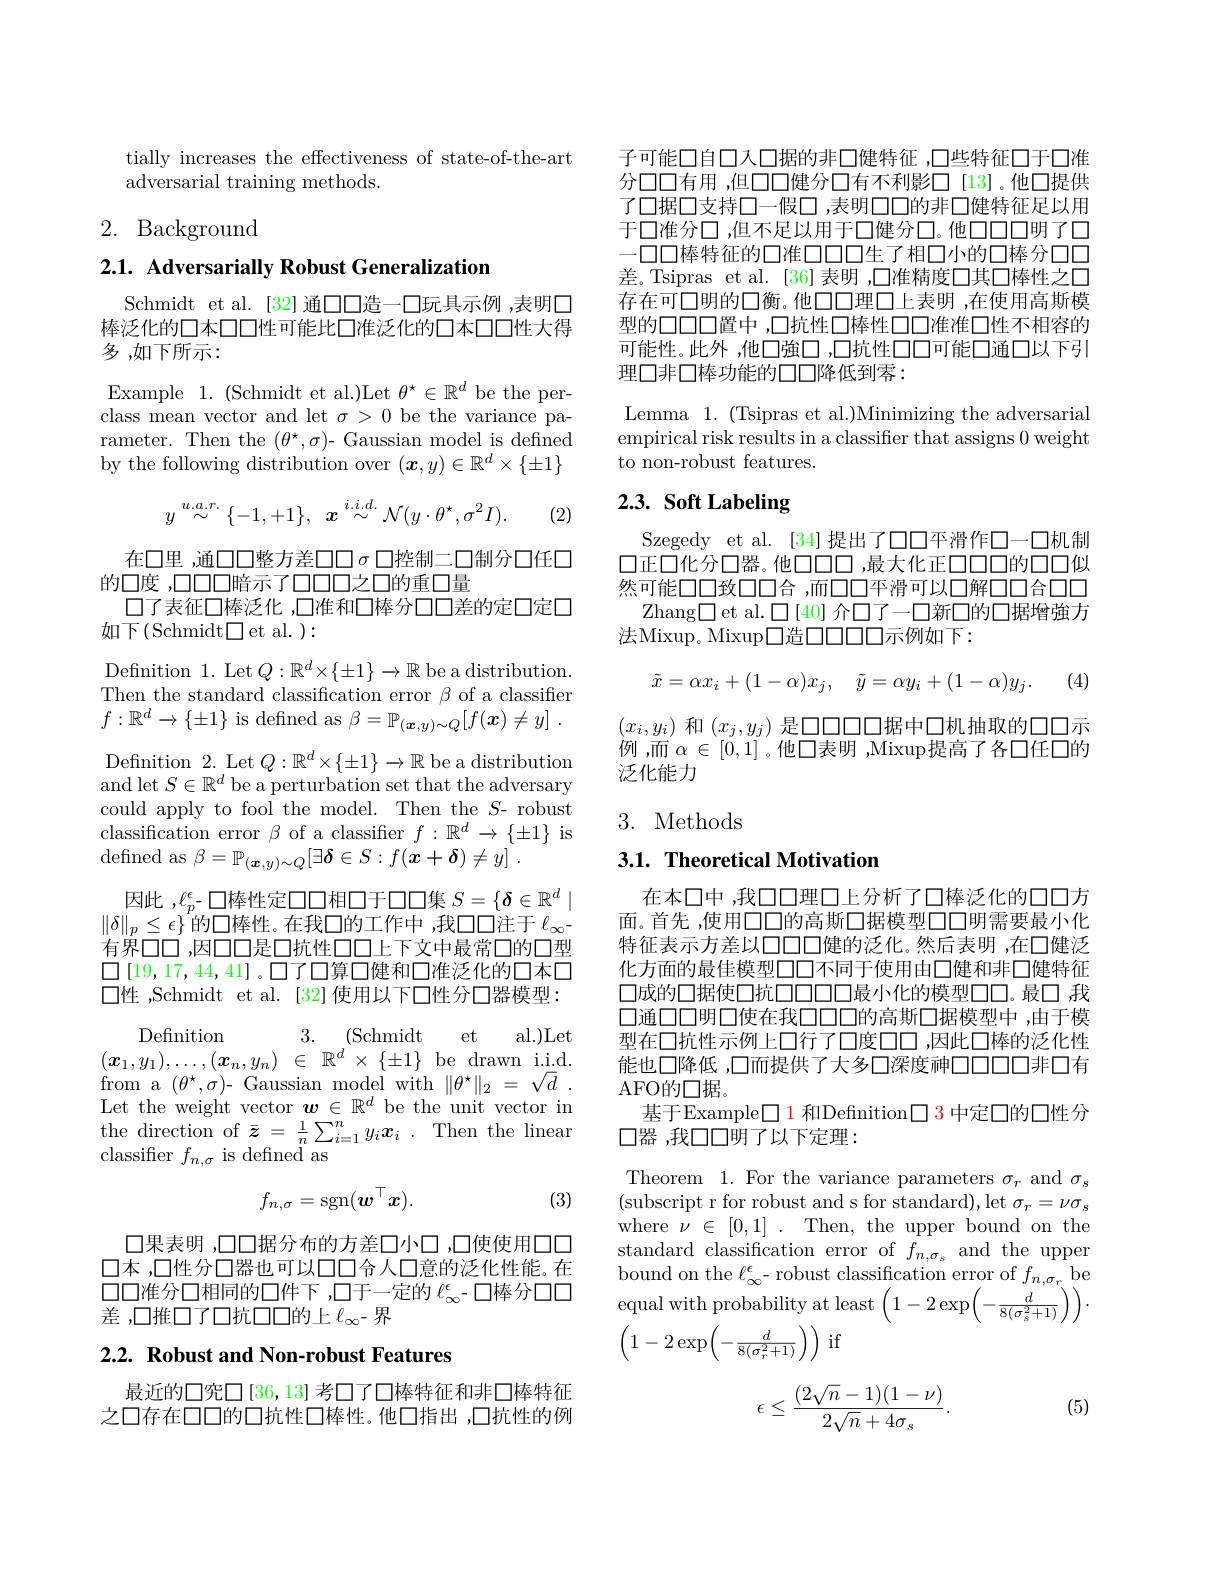
tially increases the effectiveness of state-of-the-art
adversarial training methods.

## 2. Background

$2. 1. \textbf{ Adversarially Robust Generalization}$

Schmidt et al. [32]通口口造一口玩具示例 ,表明口棒泛化的口本口口性可能比口准泛化的口本口口性大得多，如下所示：

Example 1. (Schmidt et al.)Let $\theta^\star\in\mathbb{R}^d$ be the perclass mean vector and let $\sigma>0$ be the variance parameter. Then the $(\theta^{\star},\sigma)$- Gaussian model is defined by the following distribution over $(\boldsymbol x,y)\in\mathbb{R}^d\times\{\pm1\}$
$$y\stackrel{u.a.r.}{\sim}\{-1,+1\},\:\boldsymbol{x}\stackrel{i.i.d.}{\sim}\mathcal{N}(y\cdot\theta^{\star},\sigma^{2}I).$$
(2)

在口里 ,通口口整方差口口$\sigma$口控制二口制分口任口
的口度 ,口口口暗示了口口口之口的重口量
口了表征口棒泛化 ,口准和口棒分口口差的定口定口
$如下($Schmidt$\square$et al.):

Defnition 1. Let $Q:\mathbb{R}^d\times\{\pm1\}\to\mathbb{R}$ be a distribution. Then the standard classification error $\beta$ of a classifier $f:\mathbb{R}^d\to\{\pm1\}$ is defined as $\beta = \mathbb{P} _( \boldsymbol{x}, y) \sim Q[ f( \boldsymbol{x}) \neq y]$ . Defnition 2. Let $Q:\mathbb{R}^d\times\{\pm1\}\to\mathbb{R}$ be a distribution and let $S\in\mathbb{R}^d$ be a perturbation set that the adversary could apply to fool the model. Then the $S$- robust classification error $\beta$ of a classifier $f:\mathbb{R}^d\to\{\pm1\}$ is ${\mathrm{defined~as~}}\beta = \mathbb{P} _{( \boldsymbol{x}, y) \sim Q}[ \exists \boldsymbol{\delta }\in S: f( \boldsymbol{x}+ \boldsymbol{\delta }) \neq y]$ .
因此$,\ell_p^\epsilon$-口棒性定口口相口于口口集$S=\{\boldsymbol{\delta}\in\mathbb{R}^d\mid$ $\|\delta\|_p\leq\epsilon\}^r$的口棒性。在我口的工作中，我口口注于$\ell_\infty$ 有界口口，因口口是口抗性口口上下文中最常口的口型$\square[19,17,44,41]$。口了口算口健和口准泛化的口本口$\square 性$,Schmidt et al.[32]使用以下口性分口器模型：

3. (Schmidt et al.)Let
$( x_1, y_1) , \ldots , ( x_n, y_n)$ $\in$ $\mathbb{R} ^d\times \{ \pm 1\}$be drawn i.i.d.

Definition
$\mathop{\mathrm{from~a~}}(\theta^{\star},\sigma)$- Gaussian model with$\| \theta ^{\star }\| _{2}= \sqrt {d}$ . Let the weight vector $\boldsymbol w\in\mathbb{R}^d$ be the unit vector in the direction of $\bar{z}=\frac1n\sum_{i=1}^ny_i\boldsymbol{x}_i.$ Then the linear classifier $f_{n,\sigma}$ is defined as
$$f_{n,\sigma}=\operatorname{sgn}(\boldsymbol{w}^\top\boldsymbol{x}).$$
(3)

口果表明 ,口口据分布的方差口小口 ,口使使用口口口本，口性分口器也可以口口合人口意的泛化性能。在口口准分口相同的口件下 ,口于一定的$\ell_{\infty}^{\epsilon}$- 口棒分口口差 ,口推口了口抗口口的上$\ell_\infty$-界

## 2.2. Robust and Non-robust Features

最近的口究$\square[36,13]$ 考口了口棒特征和非口棒特征之口存在口口的口抗性口棒性。他口指出，口抗性的例

子可能口自口入口据的非口健特征 ,口些特征口于口准分口口有用 ,但口口健分口有不利影□[13]。他口提供了口据口支持口一假口，表明口口的非口健特征足以用于口准分口，但不足以用于口健分口。他口口口明了口一口口棒特征的口准口口口生了相口小的口棒分口口差。Tsipras et al.[36]表明 ,□准精度口其囗棒性之口存在可口明的口衡。他口口理口上表明 ,在使用高斯模型的口口口置中，口抗性口棒性口口准准口性不相容的可能性。此外，他口強口，口抗性口口可能口通口以下引理口非口棒功能的口口降低到零：

Lemma 1.(Tsipras et al.)Minimizing the adversarial empirical risk results in a classifier that assigns 0 weight to non-robust features.

## 2.3. Soft Labeling

Szegedy et al. [34]提出了口口平滑作口一口机制口正口化分口器。他口口口，最大化正口口口的口口似然可能口口致口口合，而口口平滑可以口解口口合口口
Zhang▣et al.$\square$[40] 介口了一口新口的口据增強方
法Mixup。Mixup口造口口口口示例如下：

(4)
$$\tilde{x}=\alpha x_i+(1-\alpha)x_j,\quad\tilde{y}=\alpha y_i+(1-\alpha)y_j.$$
$(x_i,y_i)$和$(x_j,y_j)$是口口口口口据中口机抽取的口口示例 ,而$\alpha\in[0,1]$ 。他口表明 ,Mixup提高了各口任口的泛化能力

3. Methods

$3. 1. \textbf{Theoretical Motivation}$

在本口中 ,我口口理口上分析了口棒泛化的口口方面。首先 ,使用口口的高斯口据模型口口明需要最小化特征表示方差以口口口健的泛化。然后表明 ,在口健泛化方面的最佳模型口口不同于使用由口健和非口健特征口成的口据使口抗口口口口最小化的模型口口。最口 我口通口口明口使在我口口口的高斯口据模型中，由于模型在口抗性示例上口行了口度口口 ,因此口棒的泛化性能也口降低 ,口而提供了大多口深度神口口口00非口有AFO的口据。
基于Example▣1 和Definition□ 3 中定口的口性分
口器 ,我口口明了以下定理：

Theorem 1. For the variance parameters $\sigma_{r}$ and $\sigma_{s}$ (subscript r for robust and s for standard), let $\sigma_r=\nu\sigma_{s}$ where$\nu\in[0,1].$Then,the upperbound on the standard classification error of $f_{n,\sigma_s}$ and the upper bound on the $\ell_\infty^\epsilon$- robust classification error of $f_{n,\sigma_r}$be equal with probability at least $\left(1-2\exp\left(-\frac{d}{8(\sigma_{s}^{2}+1)}\right)\right)\cdot$
$$\begin{pmatrix}1-2\exp\!\left(-\frac{d}{8(\sigma_r^2+1)}\right)\end{pmatrix}$$
(5)
$$\epsilon\leq\frac{(2\sqrt{n}-1)(1-\nu)}{2\sqrt{n}+4\sigma_{s}}.$$